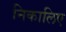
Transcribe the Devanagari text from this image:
निकालिए